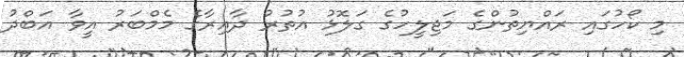
މި ކޯހުގައި ރައްޔިތުންގެ މަޖިލީހުގެ ގަލޮޅު އުތުރު ދާއިރާގެ މެމްބަރު އީވާ އަބްދު